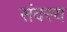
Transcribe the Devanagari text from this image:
संदस्य